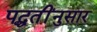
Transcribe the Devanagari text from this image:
पद्धतींनुसार